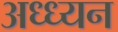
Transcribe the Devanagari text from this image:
अध्ध्यन